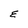
Character: E